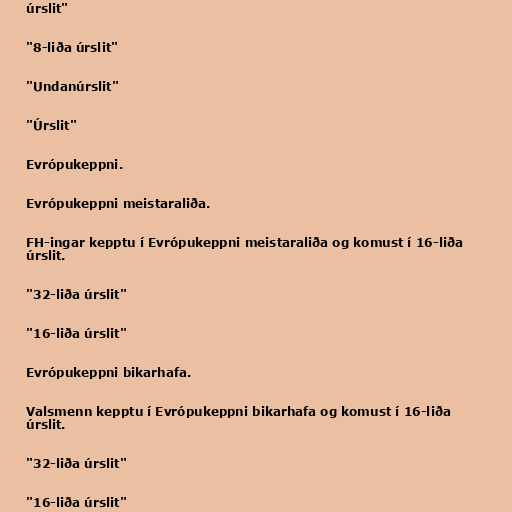
úrslit"

"8-liða úrslit"

"Undanúrslit"

"Úrslit"

Evrópukeppni.

Evrópukeppni meistaraliða.

FH-ingar kepptu í Evrópukeppni meistaraliða og komust í 16-liða
úrslit.

"32-liða úrslit"

"16-liða úrslit"

Evrópukeppni bikarhafa.

Valsmenn kepptu í Evrópukeppni bikarhafa og komust í 16-liða
úrslit.

"32-liða úrslit"

"16-liða úrslit"